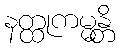
နတ္ထုကမ္မန္တိ